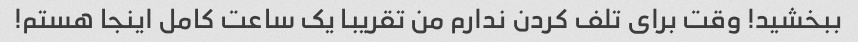
ببخشید! وقت برای تلف کردن ندارم من تقریبا یک ساعت کامل اینجا هستم!